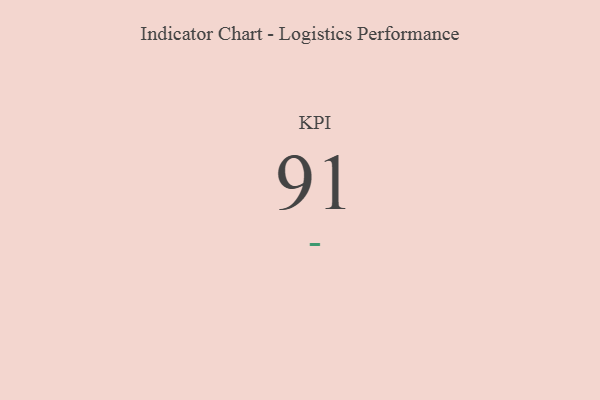
{"axis": {"x": "KPI", "y": "Value"}, "legend": [""], "data": [{"x": "KPI", "y": 91, "type": ""}]}